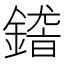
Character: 𨪴